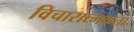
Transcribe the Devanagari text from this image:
विचारात्मकता